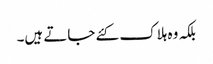
بلکہ وہ ہلاک کئے جاتے ہیں۔